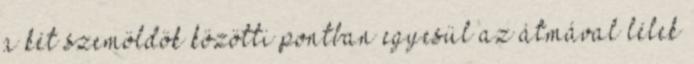
a két szemöldök közötti pontban egyesül az átmával lélek